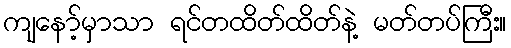
ကျနော့်မှာသာ ရင်တထိတ်ထိတ်နဲ့ မတ်တပ်ကြီး။